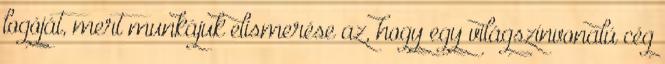
logóját, mert munkájuk elismerése az, hogy egy világszínvonalú cég